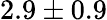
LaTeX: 2.9\pm 0.9